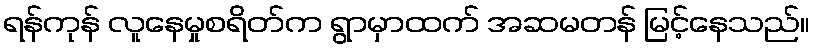
ရန်ကုန် လူနေမှုစရိတ်က ရွာမှာထက် အဆမတန် မြင့်နေသည်။